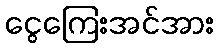
ငွေကြေးအင်အား